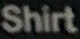
Shirt